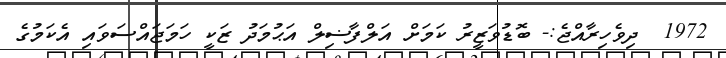
1972  ދިވެހިރާއްޖެ:- ބޮޑުވަޒީރު ކަމަށް އަލްފާޟިލް އަޙުމަދު ޒަކީ ހަމަޖައްސަވައި އެކަމުގެ